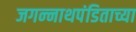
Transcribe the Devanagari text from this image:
जगन्‍नाथपंडिताच्या